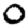
Digit: 0